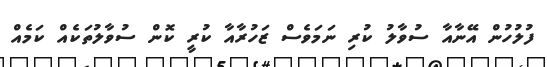
ފުލުހުން އޭނާއާ ސުވާލު ކުރި ނަމަވެސް ޒަހުރާއާ ކުރީ ކޮން ސުވާލުތަކެއް ކަމެއް